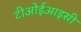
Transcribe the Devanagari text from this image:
टीओईआइसी